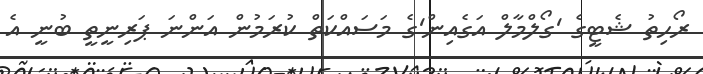
ރޯހިތު ޝެޓީގެ 'ގޯލްމާލް އަގެއިން'ގެ މަސައްކަތް ކުރަމުން އަންނަ ޕަރިނީތީ ބުނީ އެ